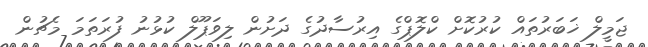
ޖަމީލް ޚަބަރުތައް ކުރުކޮށް ކްލޮޕްގެ އިރުސާދުގެ ދަށުން ލިވަޕޫލް ކުޅުނު ފުރަތަމަ މެޗުން